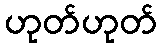
ဟုတ်ဟုတ်